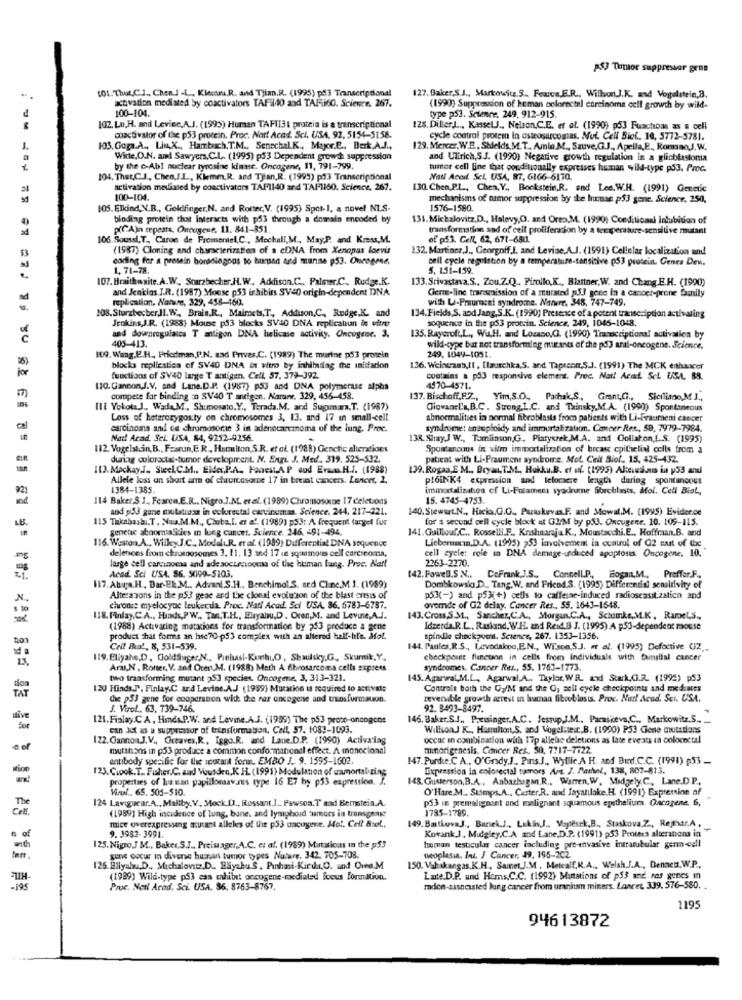
AS Tumor suppressor gene
101. That.C.I ., Chen. ] -L ., Kiemu.R. and Thian.R. (1995) pd3 Transcriptional
activation mediated by coactivators TAFi40 and TAFi6O. Science. 267.
127. Baker,S.J ., Markowitz.S .. Fourcs.E.R ., WillsonJ.K. and Vogelstein,B.
100-104.
(1990) Suppression of heman colorectel carcinoma cell growth by wild-
type p53. Science. 249, 912-915.
102. Lo,H. and Leviec,A.J. (1995) Hursan TAFII31 protein is a transcriptional
128, Diller,J .., KasselJ ., Nelson.C.E. et al. (1990) p53 Fuachoas as a cell
coactivator of the p53 procein. Proc. Nart Acad. Sci, USA, 92, 5154-5158.
cycle control protein in osteosarcomas. Mui. Cell Biof ., 10, 5772-3781.
1.
103.Goga.A ., Liu,X ., Hambuch, T.M ., Senechal.K ., Mapor.E ., Derk.A.J .,
129. Mercer, W.E ., Shields,M.T. Amin.M ., Sauve,G.J ., Apella,E, Romano,J.W.
Witte,O.N. and Sawyers. C.L. (1995) p53 Dependent growde suppression
and Ullrich,S.S. (1990) Negative growth regulation in a glioblastoma
by the c-Abl nuclear tyrosine kimse. Oncogene, 11, 791-799.
tumor cell line that conditionally expresses human wild-type ps3. Proc.
104, That,C.J ., Chen,I.L ., Klemm,R. and Tjan,R. (1995) pd3 Transcriptional
Nall Aced. ScL USA, 87, 6166-6170.
activation mediased by coactivators TAF1140 and TAF1160. Science, 267.
130 Chen,P.L ., Chen, Y ., Bookstein,R. and Lee, W.H. (1991) Genetic
100-104.
mechanisms of armor suppression by the human p$3 gene. Science, 250,
105. Elkind,N.B ., Goldfinger,N. and Rotter,V. (1995) Spot-1, a novel NLS-
1576-1580.
binding protein that interacts with p53 through a demain encoded by
131. Mickalovitz,D ., Halevy,O. and Orea.M. (1990) Conditicari Inlubition of
p(CA)n repeats, Oncogene, 11. 841-351.
transformation and of cell proliferation by a ter perature-sensitive mutant
106. Soussl, T ., Caron de Fromentel,C ., Mochali,M ., May,P. and Kress,M.
of p53. Cell, 62, 671-681.
(1987) Cloning and characterization of a cDNA from Xenopas loevi
132, Martinez,J ., Georgoff.I. and Levise.A.J. (1991) Cellular localization and
carling for a prosein horselogoos to buused and manse p53. Oncogene,
cell cycle regulation by a temperature-sensitive p53 protein. Genes Dew.
1, 71-78.
5. 151-159.
107. Braithwaite.A.W ., Sturzbecher,J.W .. Addison.C ., Palmer.C ., Rudge.K.
133.Srivastava,S ., Zou.Z.Q. Piroilo,K ., Blattner,W. and Chang.E.H. (1990)
and Jenklas.I.R. (1987) Mouse p53 inhibirs SV40 origin-dependent DNA
replication. Nature, 329, 458-460.
with U-Praurneai syndrome. Nature. 348, 747-749.
Cierre-line transmission of a marsted p5.J gene In a cancer-prone family
108. Sturzbecher,JI.W ., Brain.R ., Mairets,T ., Addison,C ., Rudge.K. and
Jenkins J.R. (1988) Mouse p53 blocks SV40 DNA replication in vitro
134. Fields,S. and Jang,S.K. (1990) Presence of a potent transcription activating
sequence in the p53 protein. Science, 249, 1045-1048.
405-413.
and downregulascs T antigon DNA helicase activity. Oncogene. 3.
135. Raycroft,L ., Wu.H. and Lozano,G. (1990) Transcriptional activation by
wild-cype but not transforming muurants of the pd3 anil-oncogene. Science,
109. Wang.E.H ., Friedman,P.N. sad Prives.C. (1989) The murine p53 protein
249, 1049-1051
blocks repliestica of SV40 DNA it vito by inhibiting the inidacion
136. Weintraub,It , [tauschka,S. and Tapscom,S.J. (1991) The MCK enthaicer
for
functions of SV40 lange T antigen. Cell, 57, 379-392.
contains a p53 responsive element. Proc. Natt Acad ScL USA. 88.
110. Gannon,J.V. and Lane.D.P. (1987) p53 and DNA polymerase alpha
4570-4571.
compete for binding :o SV40 T antigen. Narune. 329, 456-458.
137. Bischoff,P.7 .,
Yim,S.O. Pathak,S ., Grant,G ., Siciliado,M J .,
Ilt Yokota J ., WadaM ., Shimosato.Y ., Terada.M. and Supimars,T. (1987)
GiovaneLa,B.C. Strong.I.C. and Thinsky,M.A. (1990) Spontaneous
Loss of heterozygos:ty on chromosomes 3, 13. and 17 in small-cell
abnormalities in normal fibroblasts from patients with Li-Fraumeni cancer
carcinoma andf ce chromosome 3 in adenocarcinoma of the lung. Proc.
syndrome: antuploidy and immourtalization. Concer Res ., SD, 7979-7984.
Not! Acad. Sel. USA, 84, 9252-9356.
138. ShayJ W ., Tomlinson,G, Piatyszek,M.A. and Collaton,L.S. (1995)
112. Vogelstein, B ., Fearun,E. R ., Harmuiton,S.R. et al. (1988) Genetic alterations
Spontancons is vim immportalization of breast epithelial cells from a
during colorectal-tumor development. N. Engi. J. Med. 319. 525-532.
patient with Li-Fraument syndrome. Mot. Ceit Siel, 15. 425-432.
113. Mackay,J. SteelC.M ., Elder,P.A ., Hanest.A. P oud Erams.H.J. (1988)
139. Rogaa,E M ., Bryan, T.M ., Hakku.B. of af (1995) Aleesami ia y53 and
Allele loss on short ann of chromosome 17 in breast cancers. Lancet, 2.
pl6INK4 expression and leforscre length during spontancous
1384-1385.
immortalization of Li-Fusamens syackrume fibrchlais, Mol. Cell Biol,
114 Baker S 1 ., Fearen.E.R ., Nigro.J.M. et al. (1989) Chromosome 17 deletions
15. 4745-4753.
and p53 gene mutatieas in cukrestal carcinomas. Science, 244, 217-221.
140. Stewart.N ., Hicko.G.O ., Paraskevax.F. and Stowal.M. (1995) Evidence
LB.
115 Takabashi.T. Naa.M.M ., Chuta,I. et a', (1989) p53: A frequent turgel fur
for a second cell cycle block it GUM by p53. Oncugene. 10. 109-115.
genetic abnormalidies in lung cancer. Science. 246. - 91-4494.
141. Guillouf.C ., Rosselli.F ., Knshaaraja.K ., Moustacchi. E ., Hoffraan.B. and
Liebermanin.D.A. (1995) 253 involvement in control of G2 saut of the
116. Weston.A ., Wilky.J.C ., Moduli.R. er al. (1989) Differential DNA sequence
delensces from chromosomes 3. 11. 13 and 17 un squamous cell carcinoma,
cell eyele: role in DNA damage-induced apoptosis Oncogene. 10.
2263-2270.
Acad. Sci USA. S6. 5099-5103.
large cell carcinoma and ade soctecooma of the human lang. Proc. Na !!
142. Powell.S N ..
CoFrank I.S ., Connell.P .,
Bogan, M ., Preffor.F .,
117. Abra.H, Bar-El.M ., Advani.S.H ., Benchimol.S. ard Cinc.M.J. (1989)
Dombkowsig.D ., Tang.W. and Friend.S. (1995) Differential sensitivity of
N ..
Alteravons in the p53 geac and the clonal evolution of the blast ensis of
p53(-) and p5)(+) cells to caffeine-induced radioscasitization and
chrome myelocyoc leukerda. Proc. Nati Acad. Sci USA. 86, 6783-6787.
overde of G2 delay. Cancer Res .. 55. 1643-1648.
118. Finlay,C.A ., Hands,PW ., Tan, T.H ., Eliyahu,D. Oren,M. and Levine,A.J.
143. Cross,S.M ., Sanchez,C.A ., Morgan.C.A ., Schimke, M.K, RameL,S .,
(1988) Activating matacions for transformation by 253 produce a gene
Ideerde.R.L ., Rusland, W.H. and Reid.B J. (1995) A p53-dependent mouse
ton
product that forms an hsc70-p53 complex with an altered half-hl's. Mot.
spindle checkpoint. Science, 267. 1353-1356.
nd a
Cell Buat, 8, 531-539.
144. Pantes,R.S ., Levodakog,E.N ., WE'son,S.J. et al. (1995) Defactive (2 ..
13.
119. Eliyahe,D, GoldSuger,N ., Pinhasi-Kambi,O, Shaulsky,G ., Skumik,Y .,
checkpoint fimcunn in celle from Individuals with familial cancer
Ara,N . Roter, V. and Oren,M. (1988) Math A fibrosarcoma cells express
syndromes. Cancer Res ., 55. 1763-1773.
two transforming mutant 253 species. Oncogene, 3, 313-321.
145. Agarwal,M.L .,, Agarwal,A .. Taylor, WRL. and Stark,C.R. (1995) p53
TAT
120 Hinds.P. Finlay,C and Levine.A.J (1999) Mutation ta required to activate
Controls both the Gy/M and the G, soll cycle checkpoints and mediates
the p53 gene for cooperanon with the ras oncogene and transformauon.
reversible growth arrest in human Sitooblasts. Proc. Nur! Acad. Ser. USA.
J. Virol ., 63. 739-746.
92. 8493-8497.
121. Fialay.C A, Hids.P.W. and Levine.A.J. (1999) The p53 proto-oncogene
146. Baker.S.S ., Preminger,A.C. SestupJ.M ., Paraskeva,C ., Markowitz,S ...
can act as u suppressor of transformation, Call, 57. 1083-1093.
WillsonJ K ., Hamilton,S. and Vogelsseit. B. (1990) PS3 Gene mutations
122. CannonJ.V ., Greaves,R ., Iggo.R. and Lane.D.P. (1990) Activalag
occur in combination with 17p allelse deletions as late events in colorectal
a of
mutations in p53 produce a common conformational effect. A monccional
tumorigenesis. Cancer Res. 50. 7717-7722.
antibody specific for the instant form. EMBO J. 9. 1595-1602.
147.Purdue.C A ., O'Grady,J ., Pins.J ., Wyllie A H. and Bird.C.C. (1991) p53 __
123, Ciook.T .. Fisher,C. and Vousden,K HL. (1991) Modulation of uamortalizing
Expression in eniorectal tumors Art. 2. Panel, 138, 807-813.
properties of human papillomavirus type 16 E7 by p53 expression. J.
148. Gusterson, B.A ., Anbazhagan,R ., Warren, W. Midgely C, Lane.D.P.
Virol .. 65. 505-510.
O'Hare.M ., Stamps.A .. Certer.R. and Jayatilake.H. (1991) Expression of
The
124 Lavigueur.A ., Maltby, V ., Mock_[ ., Rossant.] .. Pawsoa.T and Bernstein.A.
p33 in premalignant and malignant squamous eguthelium. Oncogene. 6,
Cell
1785-1789.
(1989] High incidence of lung, bane, and lymphoid tumors in transgenge
149. BastkovaJ ., Bariek,J ., Lekis,f ., Voytesek,B ., Staskova,Z ., Rejthar,A,
mice overexpressing mutant alleles of the p33 oacugerne. Hot. Cell Bsol,
Kovank J, Midgley.C.A and Lane.D.P. (1991) p53 Protesa alterations in
. of
9. 3982- 3991.
human testicular cancer including pre-envasive intratubular germ-cell
125. Nigro,J M ., Baker,S.J ., Preisager,A.C. et al. (1989) Mutations In the p53
gene oucur in diverse human tumor types Nature. 342. 705-708.
neoplasia, Int. I Cancer, 49, 195-202.
125 Bilyalıa.D ., Michalovitz,D .. Eliyahu S. Pınhasi-Kirilr.O. and Onea.M
150. Vahakangas,K.H, Samet,J.M. Metcalf,R.A ., Welsh,J.A ., Dennca, W.P .,
(1989) Wild-type p53 cas enhibet oncogene-mediated focus Formation.
Late.D.P. und Hems.C.C. (1992) Mutations of p53 and ras genes in
-195
Proc. Neil Arad. Sci. USA. 86. 8763-8767.
maden-associated lung cancer from uranium miners. Lancet, 339. 576-550. .
1195
94613872